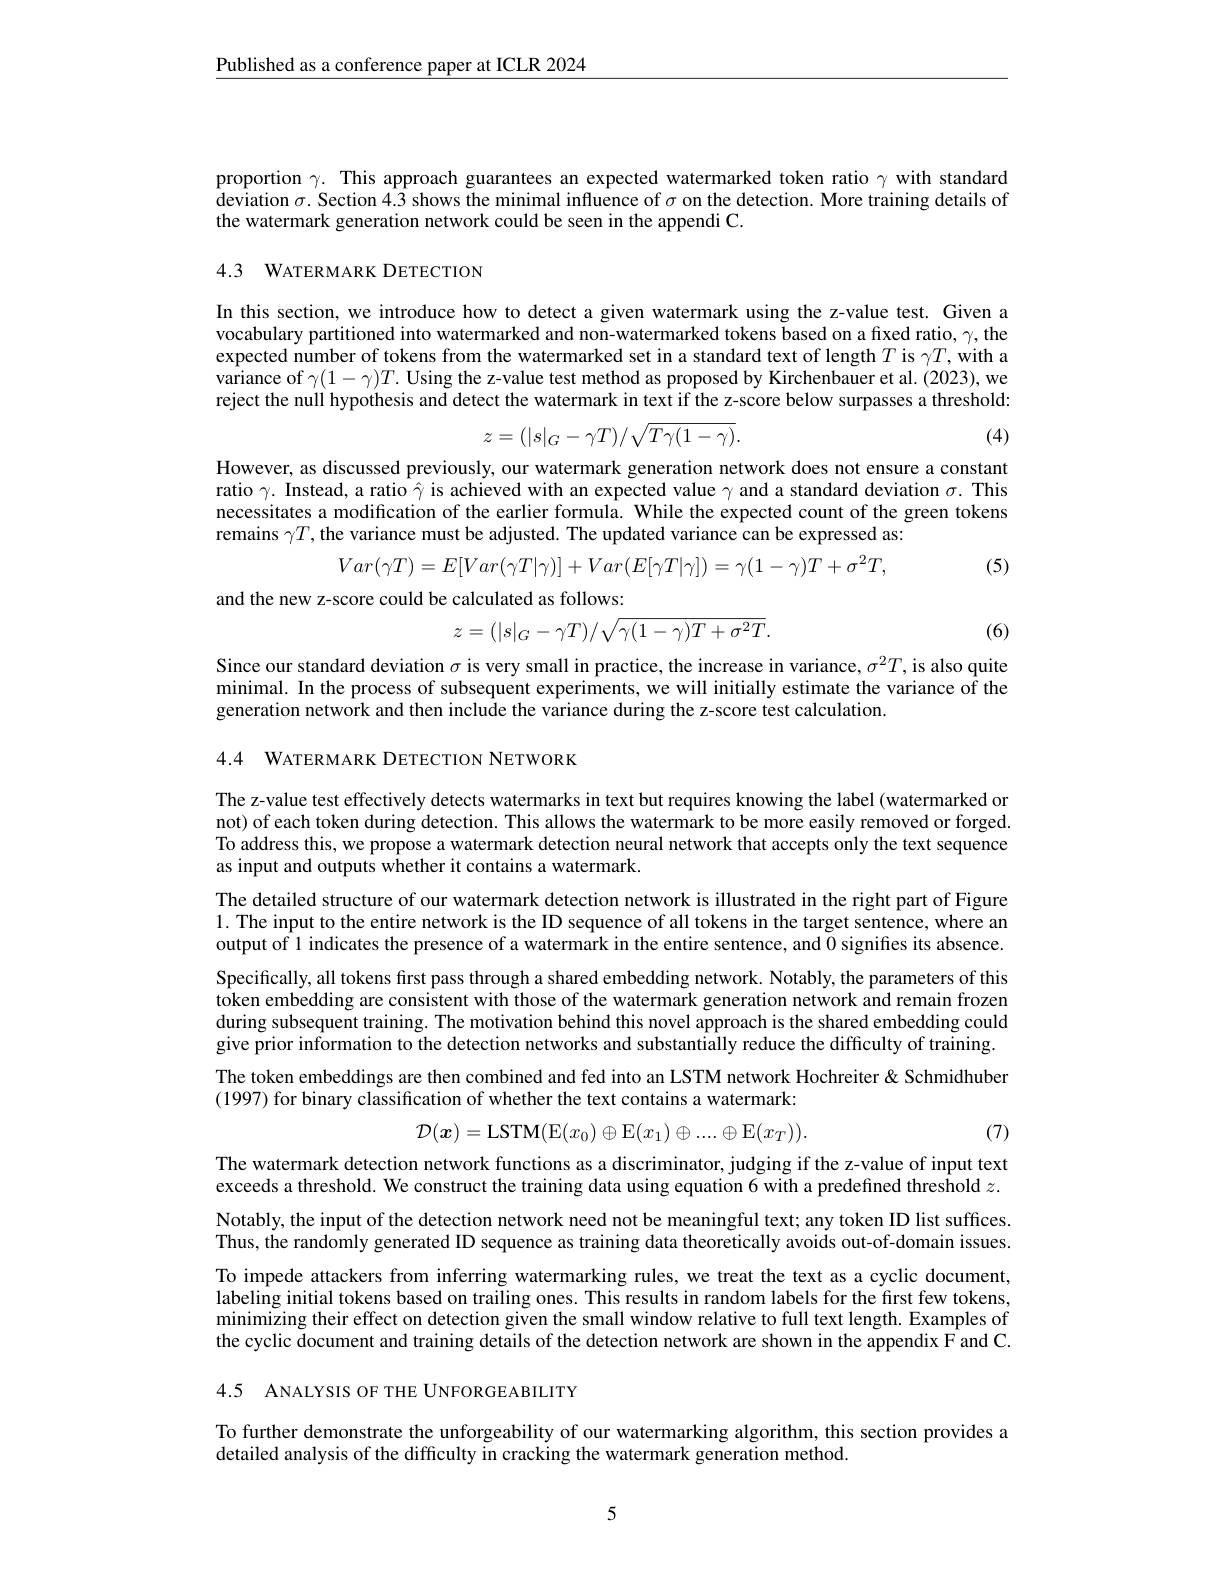
$\underline{\text{Published as a conference paper at ICLR 2024}}$

proportion $\gamma.$ This approach guarantees an expected watermarked token ratio $\gamma$ with standard $\hat{\text{deviation }\sigma}.$ Section 4.3 shows the minimal influence of $\sigma$ on the detection. More training details of the watermark generation network could be seen in the appendi C.

# 4.3 WATERMARK DETECTION

In this section, we introduce how to detect a given watermark using the z-value test. Given a vocabulary partitioned into watermarked and non-watermarked tokens based on a fixed ratio, $\gamma$, the expected number of tokens from the watermarked set in a standard text of length $T$ is $\gamma T$,with a $\hat{\text{variance of }\gamma}(1-\gamma)T.$ Using the z-value test method as proposed by Kirchenbauer et al.(2023), we reject the null hypothesis and detect the watermark in text if the z-score below surpasses a threshold:
$$z=(|s|_G-\gamma T)/\sqrt{T\gamma(1-\gamma)}.$$
(4)

However, as discussed previously, our watermark generation network does not ensure a constant ratio $\gamma.$ Instead, a ratio $\hat{\gamma}$ is achieved with an expected value $\gamma$ and a standard deviation $\sigma.$ This necessitates a modification of the earlier formula. While the expected count of the green tokens remains $\gamma T$,the variance must be adjusted. The updated variance can be expressed as:
$$Var(\gamma T)=E[Var(\gamma T|\gamma)]+Var(E[\gamma T|\gamma])=\gamma(1-\gamma)T+\sigma^2T,$$
(5)

and the new z-score could be calculated as follows:
$$z=(|s|_G-\gamma T)/\sqrt{\gamma(1-\gamma)T+\sigma^2T}.$$
(6)

Since our standard deviation $\sigma$ is very small in practice, the increase in variance, $\sigma^2T$, is also quite minimal. In the process of subsequent experiments, we will initially estimate the variance of the generation network and then include the variance during the z-score test calculation.

4.4 WATERMARK DETECTION NETWORK

The z-value test effectively detects watermarks in text but requires knowing the label (watermarked or not) of each token during detection. This allows the watermark to be more easily removed or forged. To address this, we propose a watermark detection neural network that accepts only the text sequence as input and outputs whether it contains a watermark.
The detailed structure of our watermark detection network is illustrated in the right part of Figure 1. The input to the entire network is the ID sequence of all tokens in the target sentence, where an output of 1 indicates the presence of a watermark in the entire sentence, and 0 signiffes its absence. Specifically, all tokens first pass through a shared embedding network. Notably, the parameters of this token embedding are consistent with those of the watermark generation network and remain frozen during subsequent training. The motivation behind this novel approach is the shared embedding could give prior information to the detection networks and substantially reduce the difficulty of training. The token embeddings are then combined and fed into an LSTM network Hochreiter & Schmidhuber (1997) for binary classification of whether the text contains a watermark:
$$\mathcal{D}(\boldsymbol{x})=\mathrm{LSTM}(\mathrm{E}(x_0)\oplus\mathrm{E}(x_1)\oplus....\oplus\mathrm{E}(x_T)).$$
(7)

The watermark detection network functions as a discriminator, judging if the z-value of input text exceeds a threshold. We construct the training data using equation 6 with a predefined threshold $z.$

Notably, the input of the detection network need not be meaningful text; any token ID list suffces. Thus, the randomly generated ID sequence as training data theoretically avoids out-of-domain issues. To impede attackers from inferring watermarking rules, we treat the text as a cyclic document, labeling initial tokens based on trailing ones. This results in random labels for the first few tokens, minimizing their effect on detection given the small window relative to full text length. Examples of the cyclic document and training details of the detection network are shown in the appendix F and C.

4.5 ANALYSIS OF THE UNFORGEABILITY

To further demonstrate the unforgeability of our watermarking algorithm, this section provides a
detailed analysis of the difficulty in cracking the watermark generation method.

5